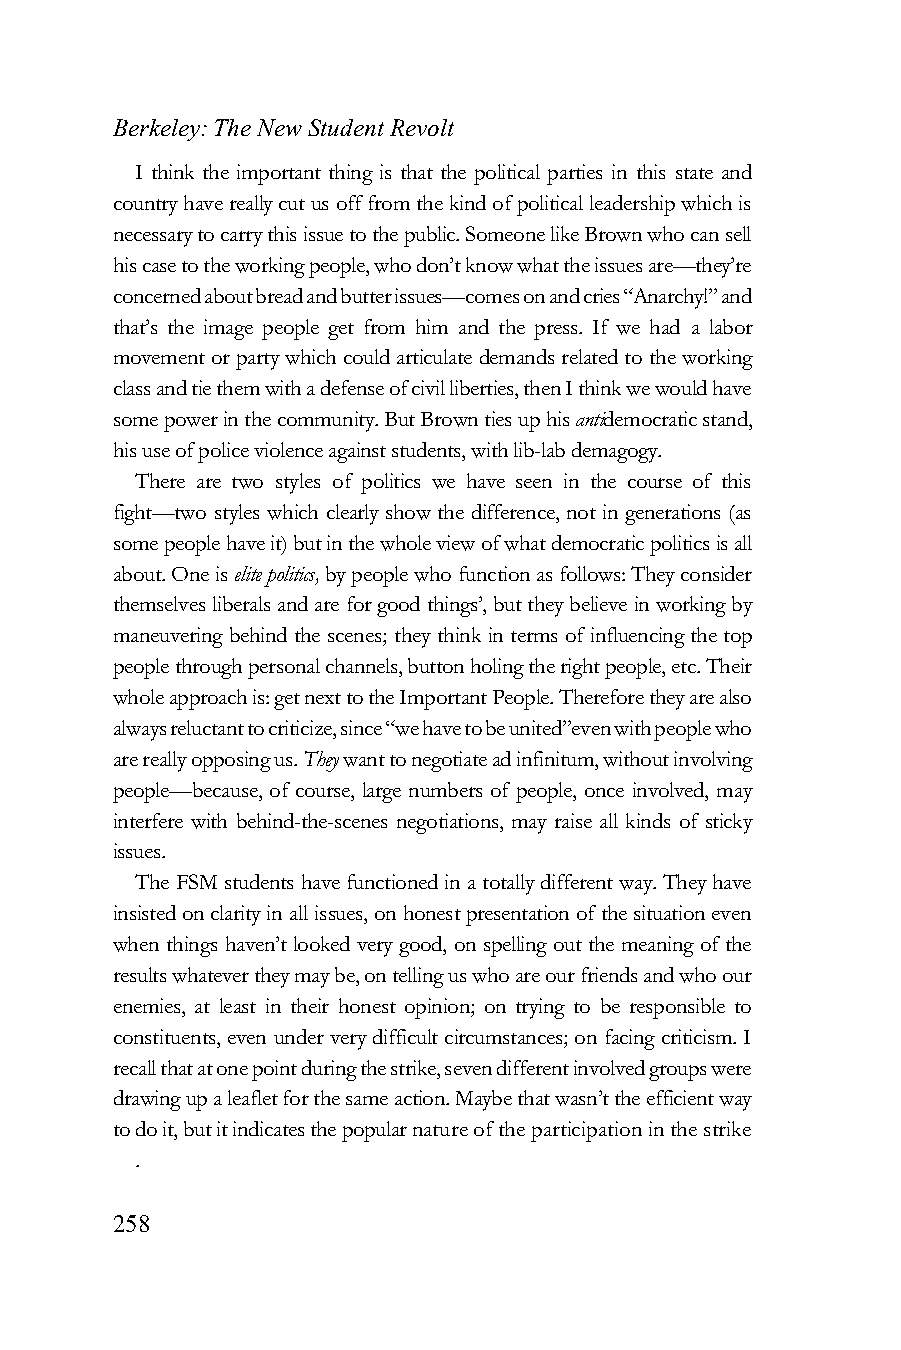
Berkeley: The New Student Revolt
 I think the important thing is that the political parties in this state and
 country have really cut us off from the kind of political leadership which is
 necessary to carry this issue to the public. Someone like Brown who can sell
 his case to the working people, who don’t know what the issues are—they’re
 concerned about bread and butter issues—comes on and cries “Anarchy!” and
 that’s the image people get from him and the press. If we had a labor
 movement or party which could articulate demands related to the working
 class and tie them with a defense of civil liberties, then I think we would have
 some power in the community. But Brown ties up his antidemocratic stand,
 his use of police violence against students, with lib-lab demagogy.
 There are two styles of politics we have seen in the course of this
 fight—two styles which clearly show the difference, not in generations (as
 some people have it) but in the whole view of what democratic politics is all
 about. One is elite politics, by people who function as follows: They consider
 themselves liberals and are for good things’, but they believe in working by
 maneuvering behind the scenes; they think in terms of influencing the top
 people through personal channels, button holing the right people, etc. Their
 whole approach is: get next to the Important People. Therefore they are also
 always reluctant to criticize, since “we have to be united”even with people who
 are really opposing us. They want to negotiate ad infinitum, without involving
 people—because, of course, large numbers of people, once involved, may
 interfere with behind-the-scenes negotiations, may raise all kinds of sticky
 issues.
 The FSM students have functioned in a totally different way. They have
 insisted on clarity in all issues, on honest presentation of the situation even
 when things haven’t looked very good, on spelling out the meaning of the
 results whatever they may be, on telling us who are our friends and who our
 enemies, at least in their honest opinion; on trying to be responsible to
 constituents, even under very difficult circumstances; on facing criticism. I
 recall that at one point during the strike, seven different involved groups were
 drawing up a leaflet for the same action. Maybe that wasn’t the efficient way
 to do it, but it indicates the popular nature of the participation in the strike
 .
 258